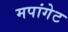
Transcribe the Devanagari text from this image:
मपांगेट